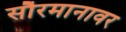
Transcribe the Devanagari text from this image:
सौरमानावर